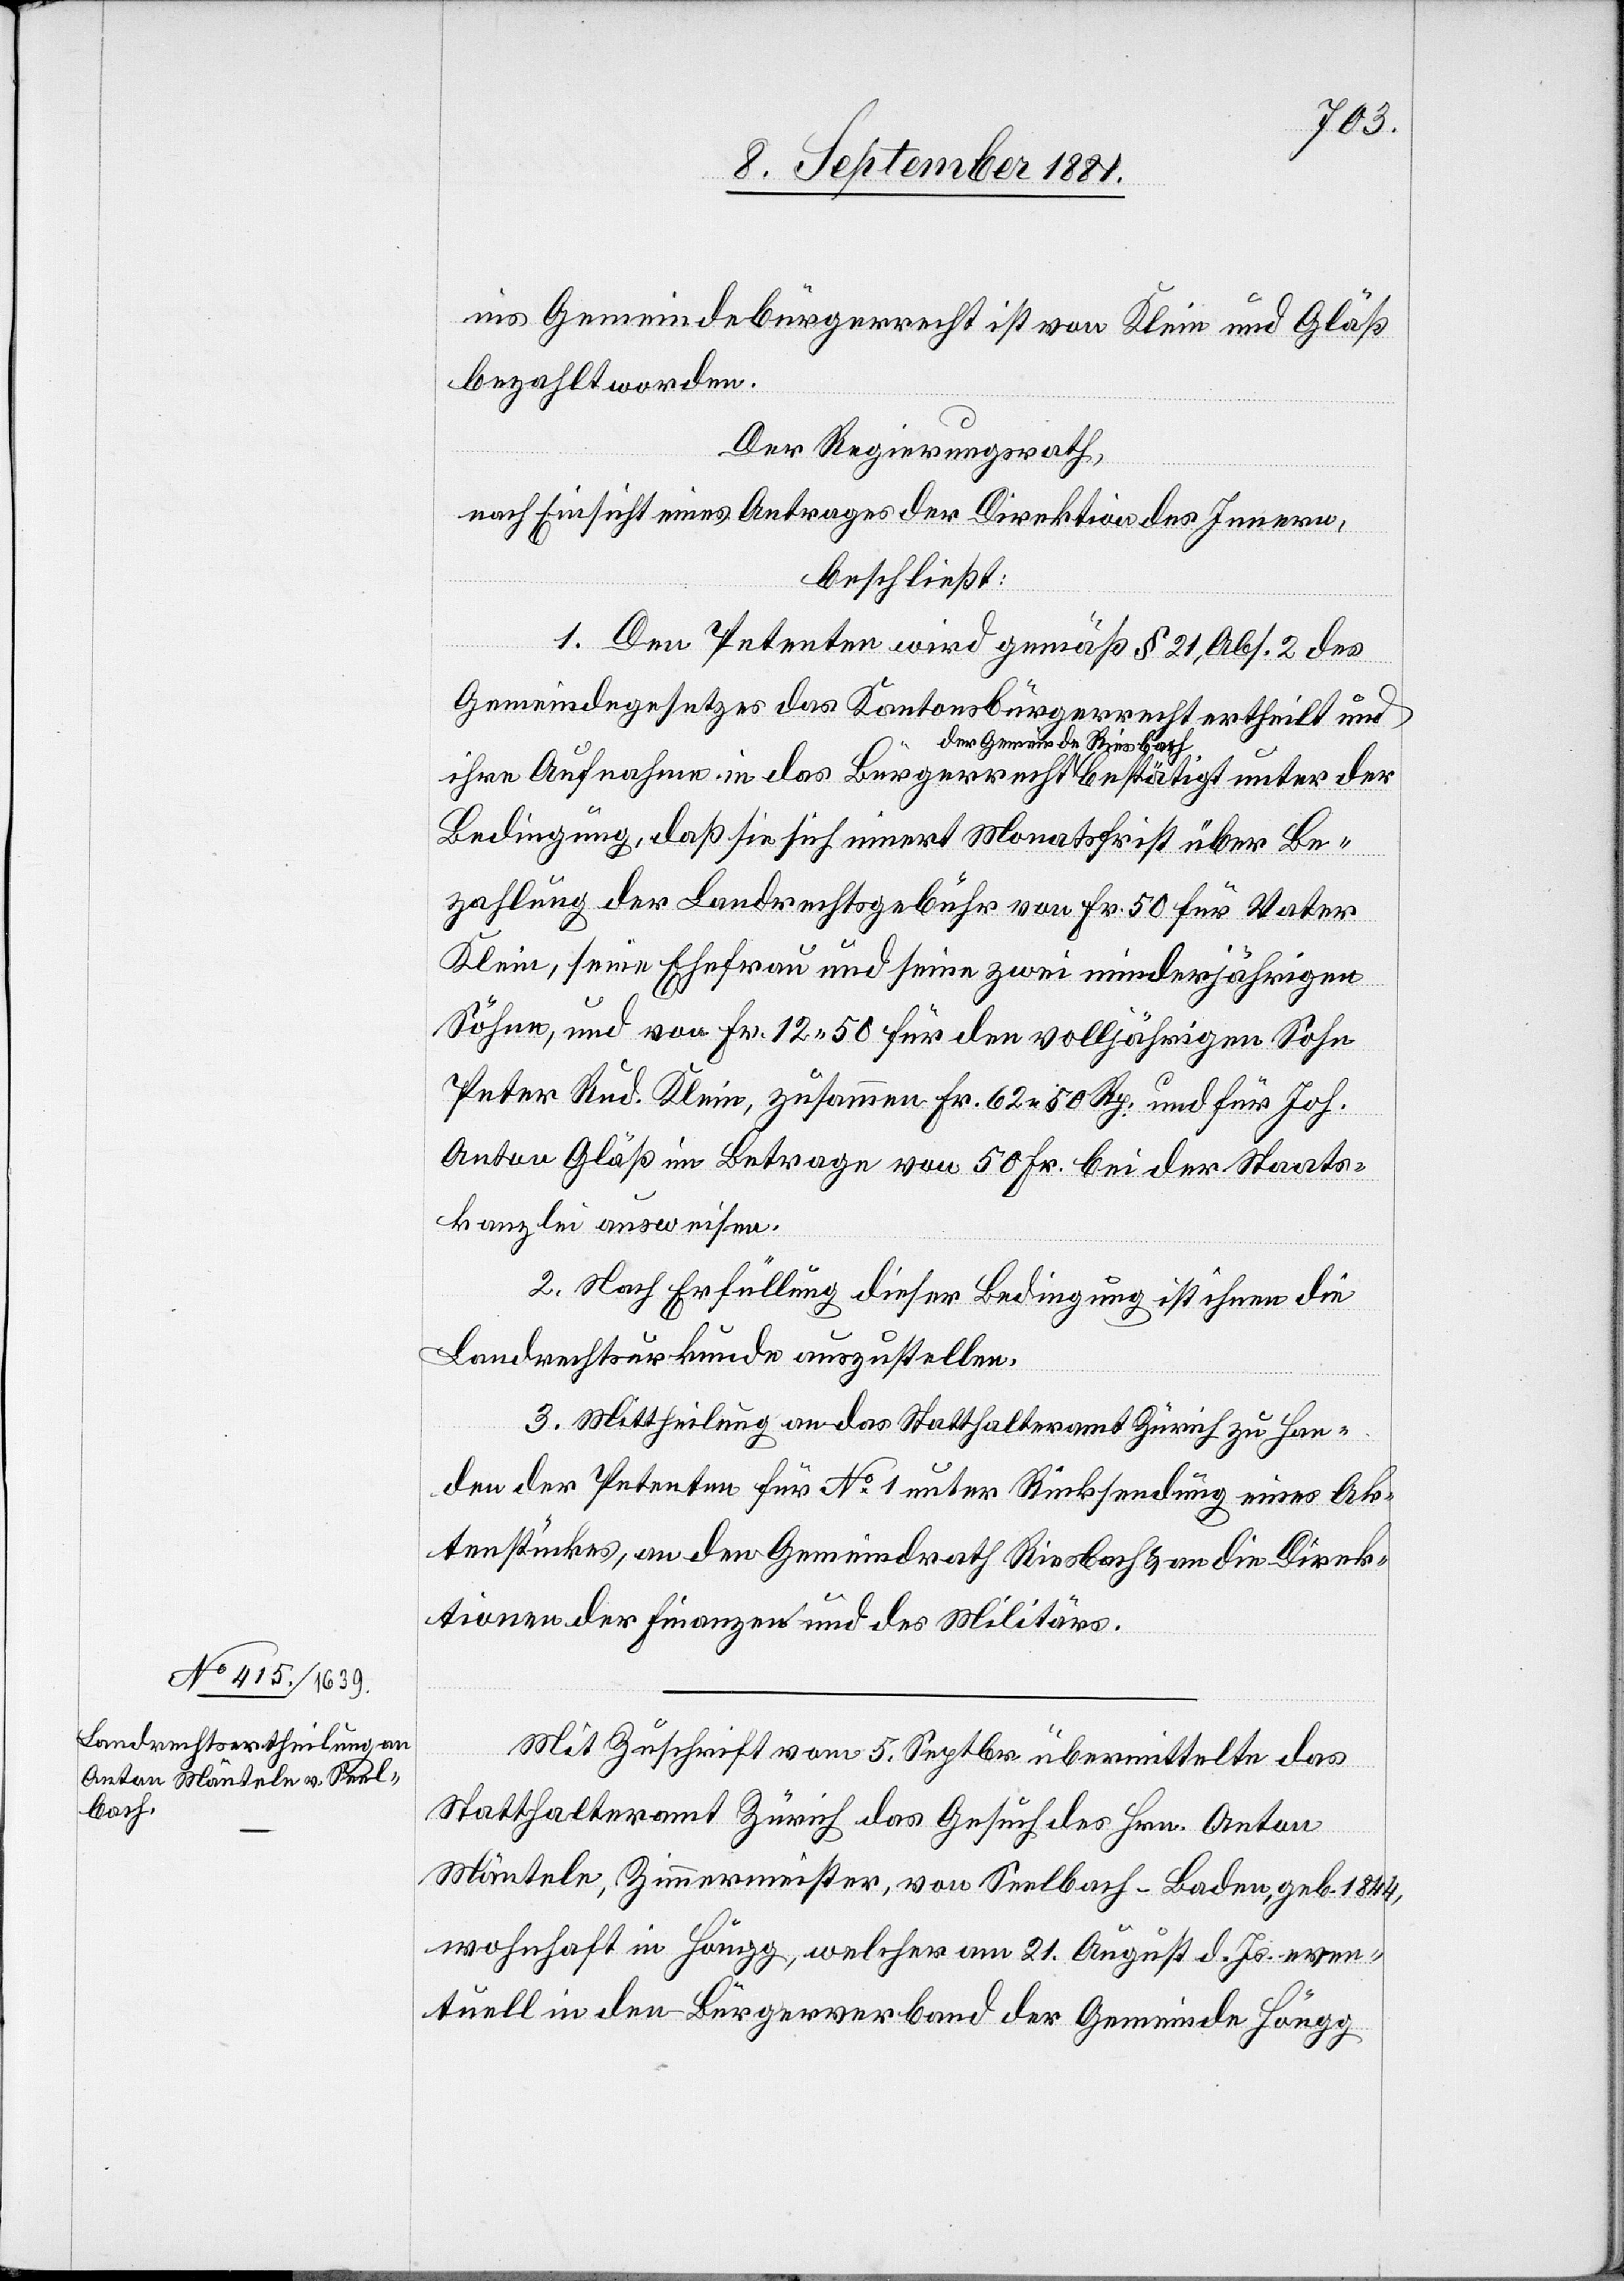
bach

Be¬
ins Gemeindebürgerrecht ist von Klein und Gläß
bezahlt worden.
Der Regierungsrath,
nach Einsicht eines Antrages der Direktion des Innern,
beschließt:
1. Den Petenten wird gemäß § 21, Abs. 2 des
Gemeindegesetzes das Kantonsbürgerrecht ertheilt und
ihre Aufnahme in das Bürgerrecht der Gemeinde Ries¬
zahlung der Landrechtsgebühr von Fr. 50 für Vater
Klein, für Ehefrau und seine zwei minderjährigen
Söhne, und von Fr. 12 50 für den volljährigen Sohn
Peter Rud. Klein, zusammen Fr. 62 50 Rp. und für Joh.
Anton Gläß im Betrage von 50 Fr. bei der Staats¬
kanzlei auszuweisen.
2. Nach Erfüllung dieser Bedingung ist ihnen die
Landrechtsurkunde auszustellen.
3. Mittheilung an das Statthalteramt Zürich zu Han¬
den der Petenten für No 1 unter Rücksendung eines Ak¬
tenstückes, an den Gemeindrath Riesbach & an die Direk¬
tionen der Finanzen und des Militärs.
Mit Zuschrift vom 5. Septbr. übermittelte das
Statthalteramt Zürich das Gesuch des Hrn. Anton
Mäntele, Zimmermeister, von Seelbach - Baden, geb. 1844,
wohnhaft in Höngg, welcher am 21. August d. Js. even¬
tuell in den Bürgerverband der Gemeinde Höngg